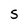
Character: S